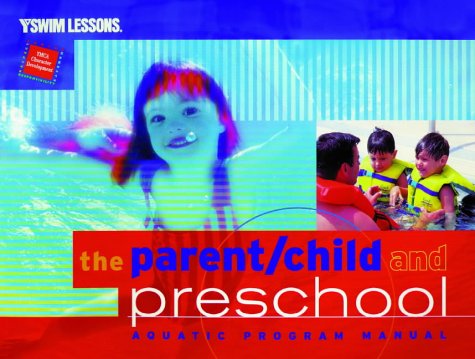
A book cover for The Parent/Child and Preschool Aquatic Program Manual (YMCA Swim Lessons); YMCA of the USA; Sports & Outdoors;